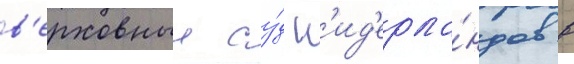
в'ерховныи су́д н'ид'ерла́ндов в